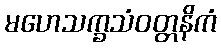
မဟေသက္ခသံဝတ္တနိကံ